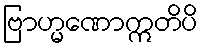
ဗြာဟ္မဏောဣတိပိ